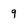
Character: q